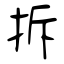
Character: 拆